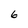
Character: 6